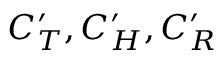
C _ { T } ^ { \prime } , C _ { H } ^ { \prime } , C _ { R } ^ { \prime }